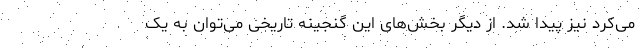
می‌کرد نیز پیدا شد. از دیگر بخش‌های این گنجینه تاریخی می‌توان به یک